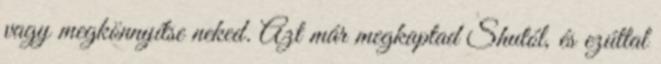
vagy megkönnyítse neked. Azt már megkaptad Shutól, és ezúttal